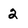
Character: 2